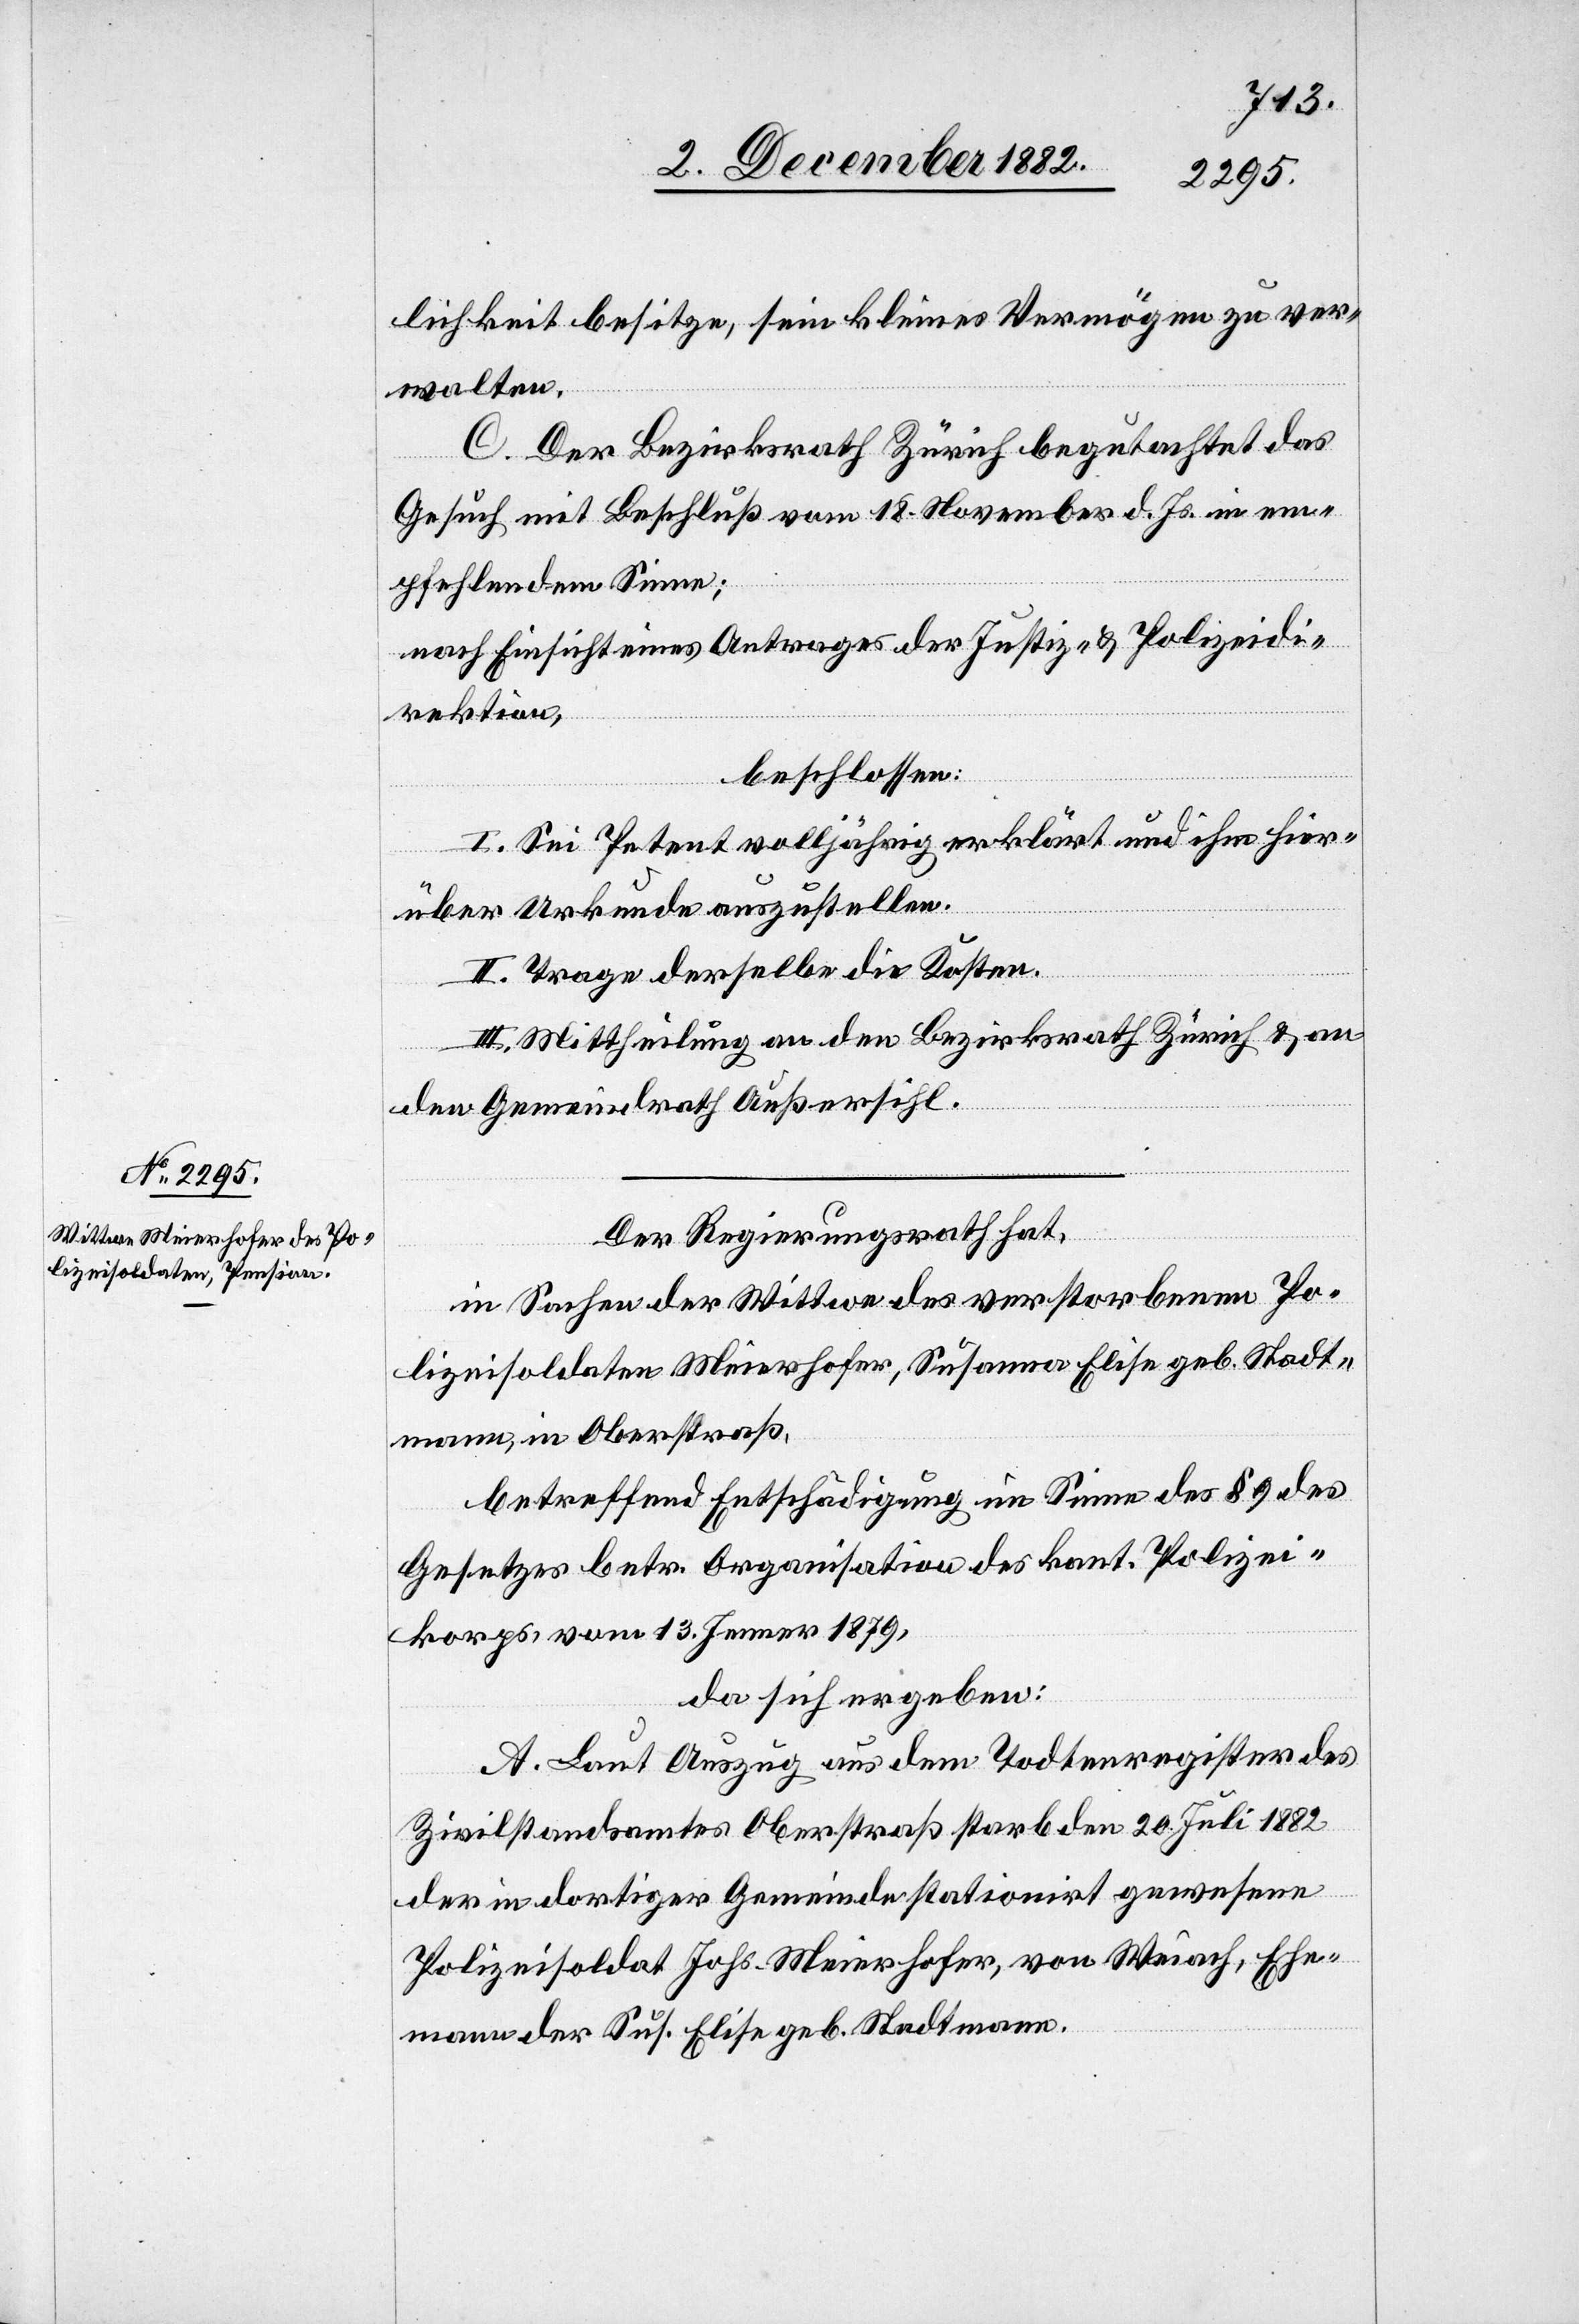
lichkeit besitze, sein kleines Vermögen zu ver¬
walten.
C. Der Bezirksrath Zürich begutachtet das
Gesuch mit Beschluß vom 18. November d. Js. in em¬
pfehlendem Sinne;
nach Einsicht eines Antrages der Justiz- & Polizeidi¬
rektion,
beschlossen:
I. Sei Petent volljährig erklärt und ihm hier¬
über Urkunde auszustellen.
II. Trage derselbe die Kosten.
III. Mittheilung an den Bezirksrath Zürich & an
den Gemeindrath Außersihl.
Der Regierungsrath hat,
in Sachen der Wittwe des verstorbenen Po¬
lizeisoldaten Meierhofer, Susanna Elisa geb. Stadt¬
mann, in Oberstraß,
betreffend Entschädigung im Sinne des § 9 des
Gesetzes betr. Organisation des kant. Polizei¬
korps, vom 13. Jenner 1879,
da sich ergeben:
A. Laut Auszug aus dem Todtenregister des
Zivilstandsamtes Oberstraß starb den 20. Juli 1882
der in dortiger Gemeinde stationirt gewesene
Polizeisoldat Johs. Meierhofer, von Weiach, Ehe¬
mann der Sus. Elisa geb. Stadtmann.